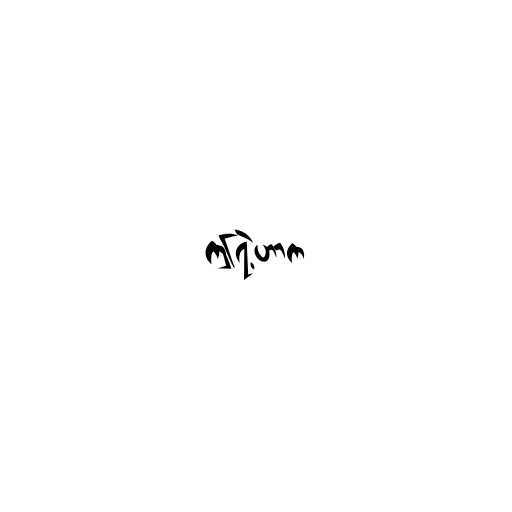
ဤရဲ့ဟာက